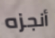
أنجزه